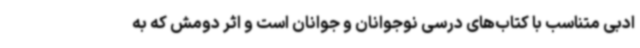
ادبی متناسب با کتاب‌های درسی نوجوانان و جوانان است و اثر دومش که به